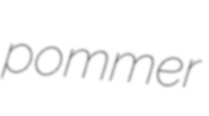
pommer